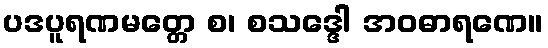
ပဒပူရဏမတ္တေ စ၊ စသဒ္ဒေါ အဝဓာရဏေ။